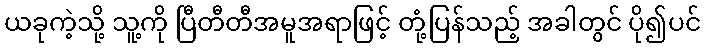
ယခုကဲ့သို့ သူ့ကို ပြီတီတီအမူအရာဖြင့် တုံ့ပြန်သည့် အခါတွင် ပို၍ပင်